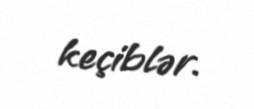
keçiblər.